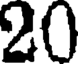
20